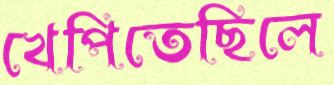
খেপিতেছিলে